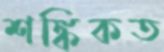
শঙ্কিকত